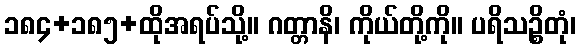
၁၈၄+၁၈၅+ထိုအရပ်သို့။ ဂတ္တာနိ၊ ကိုယ်တို့ကို။ ပရိသဉ္စိတုံ၊